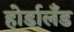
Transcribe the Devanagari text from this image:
होर्डालँड